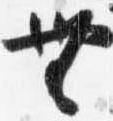
無